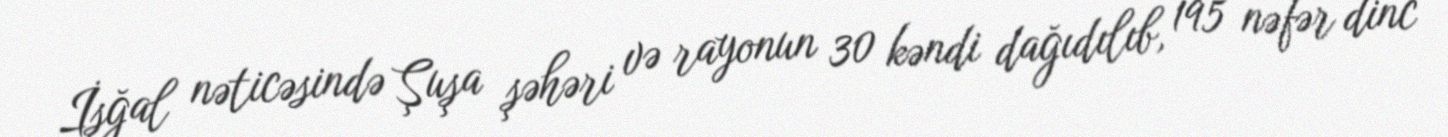
İşğal nəticəsində Şuşa şəhəri və rayonun 30 kəndi dağıdılıb, 195 nəfər dinc